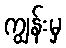
ကျွန်းမှ